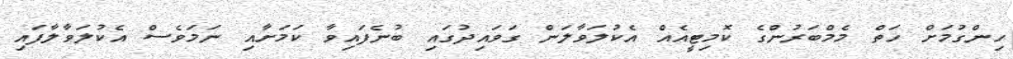
ހިންގުމަށް ހަތް މެމްބަރުންގެ ކޮމިޓީއެއް އެކުލަވާލަން ގަވައިދުގައި ބުނެފައިވާ ކަމަށާއި ނަމަވެސް އެކުލަވާލާފައި